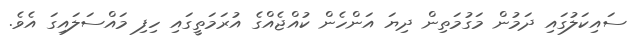
ސައިކަލުގައި ދަމުން މަގުމަތިން ދިޔަ އަންހެން ކުއްޖެއްގެ އުރަމަތީގައި ހިފި މައްސަލައިގަ އެވެ.